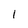
Character: 1